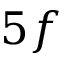
5 f